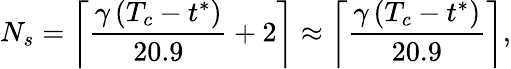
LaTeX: N_{s}=\left\lceil\frac{\gamma\, (T_{c}-t^{*})}{20.9}+2\right\rceil\approx\left\lceil\frac{\gamma\, (T_{c}-t^{*})}{20.9}\right\rceil,